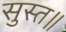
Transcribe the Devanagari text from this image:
सुस्त॥